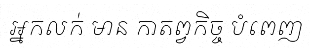
អ្នកលក់ មាន កាតព្វកិច្ច បំពេញ